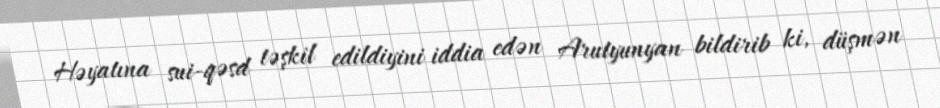
Həyatına sui-qəsd təşkil edildiyini iddia edən Arutyunyan bildirib ki, düşmən